Civil Veterinary Department. United Provinces 1923-31 - 1923-1931
Year: 1923
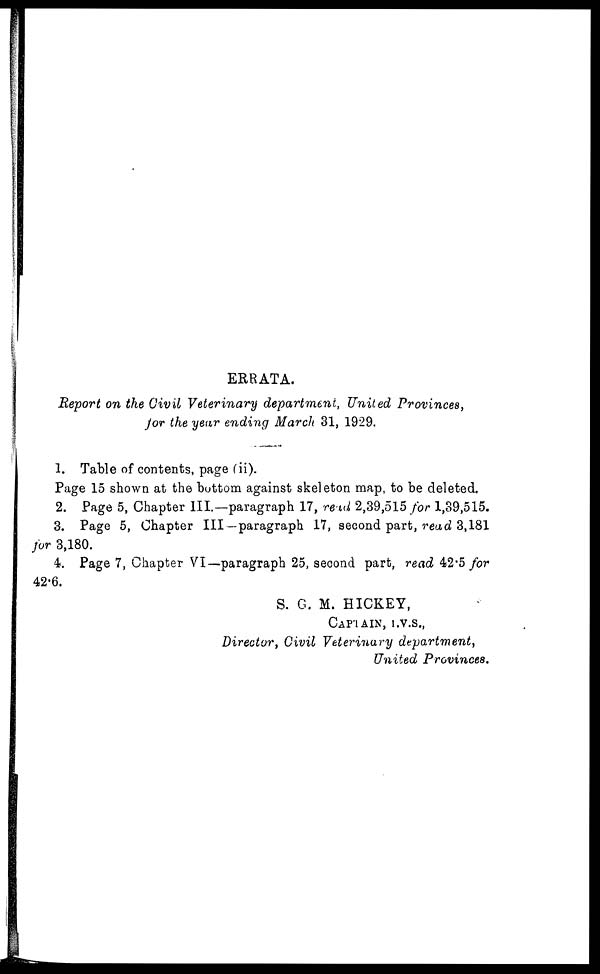
ERRATA.
Report on the Civil Veterinary department, United
Provinces,
for the year ending March 31, 1929.
1. Table of contents, page (ii).
Page 15 shown at the bottom against skeleton map, to be deleted.
2. Page 5, Chapter III.—paragraph 17, read 2,39,515 for 1,39,515.
3. Page 5, Chapter III—paragraph 17, second part, read 3,181
for 3,180.
4. Page 7, Chapter VI—paragraph 25, second part, read 42.5 for
42.6.
S. G. M. HICKEY,
CAPTAIN, I.V.S.,
Director, Civil Veterinary
department,
United
Provinces.